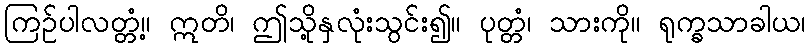
ကြဉ်ပါလတ္တံ့။ ဣတိ၊ ဤသို့နှလုံးသွင်း၍။ ပုတ္တံ၊ သားကို။ ရုက္ခသာခါယ၊